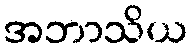
အဘာသိယ